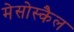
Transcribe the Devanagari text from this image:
मेसोस्कैल